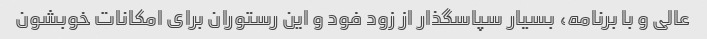
عالی و با برنامه، بسیار سپاسگذار از زود فود و این رستوران برای امکانات خوبشون